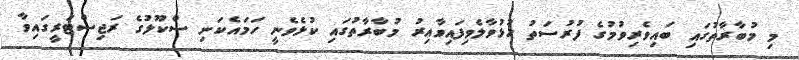
މި މުބާރާތުގައި ބައިވެރިވުމުގެ ފުރުސަތު ހުޅުވާލެވިފައިވާއިރު މުބާރާތުގައި ކުޅެވެނީ ހަމައެކަނި ސްކޫލުގެ ރަޖިސްޓަރީގައިވާ